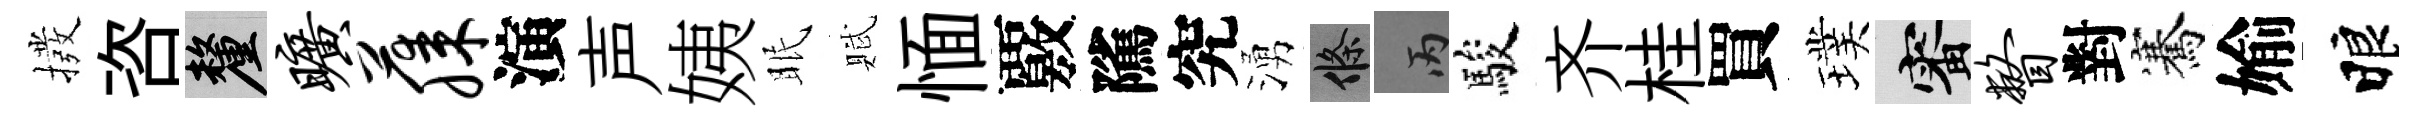
撥咨厘旷藤演声姨眠賦愐覈隲究湧條丙駿齐桂買璞審瞥對騫媮睱